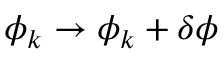
\phi _ { k } \rightarrow \phi _ { k } + \delta \phi